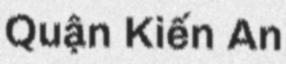
Quận Kiến An